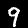
Digit: 9